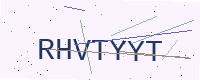
Text: RHVTYYT